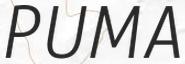
PUMA